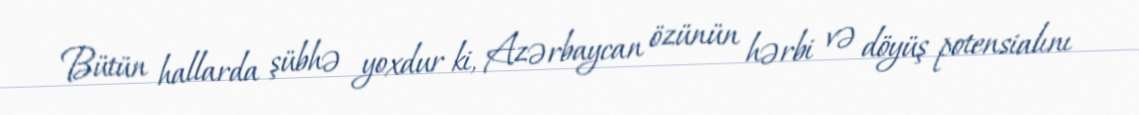
Bütün hallarda şübhə yoxdur ki, Azərbaycan özünün hərbi və döyüş potensialını